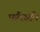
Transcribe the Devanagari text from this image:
फॉरेस्टने